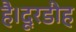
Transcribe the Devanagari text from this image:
है।दूरडीह